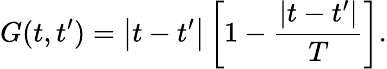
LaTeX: G(t,t^{\prime})=\left|{t-t^{\prime}}\right|\left[{1-\frac{{\left|{t-t^{\prime}}\right|}}{T}}\right].